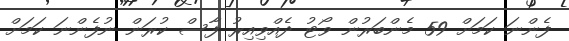
ފެންނަ ކަމަށް 59 މެންބަރުން ވޯޓު ދެއްވިއިރު ފާސް ކުރަން ނުފެންނަ ކަމަށް